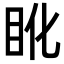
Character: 𥄒